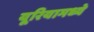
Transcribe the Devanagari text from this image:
यूरियामध्ये